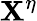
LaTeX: \mathbf{X}^{\eta}